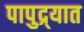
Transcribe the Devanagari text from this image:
पापुद्र्यात